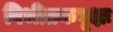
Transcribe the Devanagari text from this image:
विभीतकवृक्षः